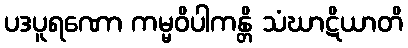
ပဒပူရဏော ကမ္မဝိပါကန္တိ သံဃာဋိယာတိ